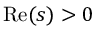
\operatorname { R e } ( s ) > 0